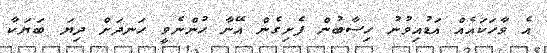
އެ ވާހަކައެއް އަޑުއިވުނު ހިސާބުން ފެށިގެން އޭނާ ހުންނެވީ ހަނދަށް ދިޔަ ބަޔަކާ